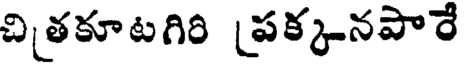
చితకూటగిరి [పక్కనపారే